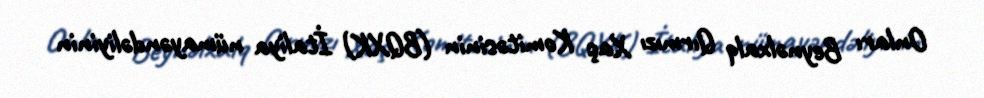
Onları Beynəlxalq Qırmızı Xaç Komitəsinin (BQXK) İtaliya nümayəndəliyinin